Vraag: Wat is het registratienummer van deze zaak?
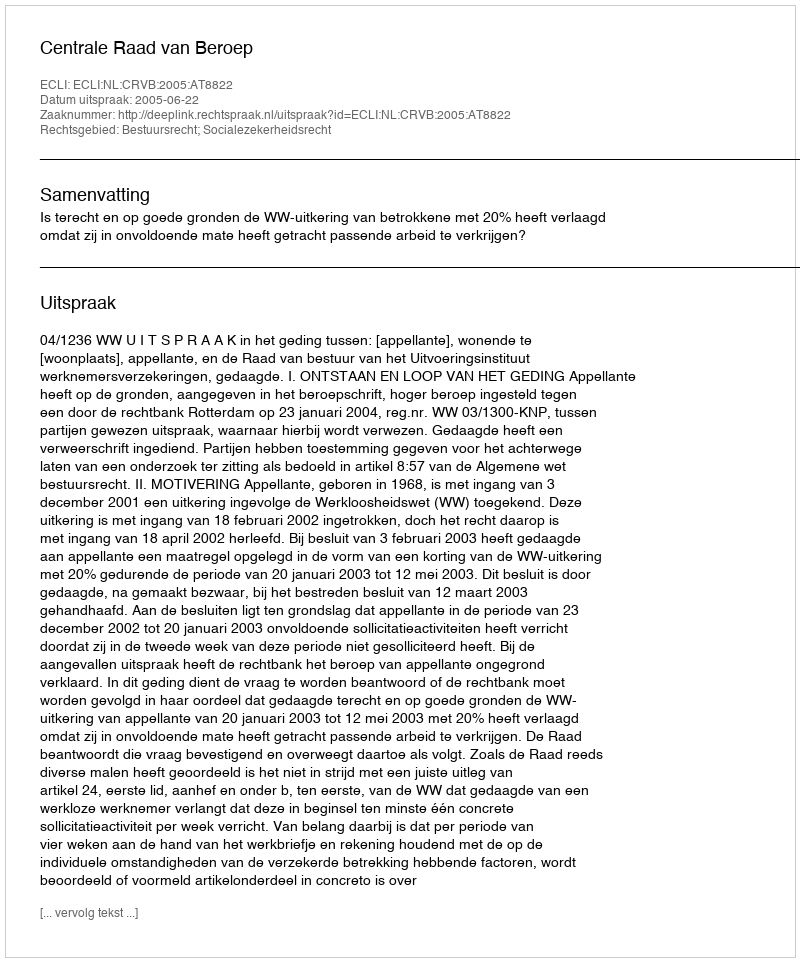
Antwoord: http://deeplink.rechtspraak.nl/uitspraak?id=ECLI:NL:CRVB:2005:AT8822